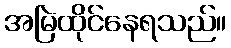
အမြဲထိုင်နေရသည်။